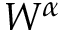
W ^ { \alpha }